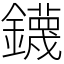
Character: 鑖